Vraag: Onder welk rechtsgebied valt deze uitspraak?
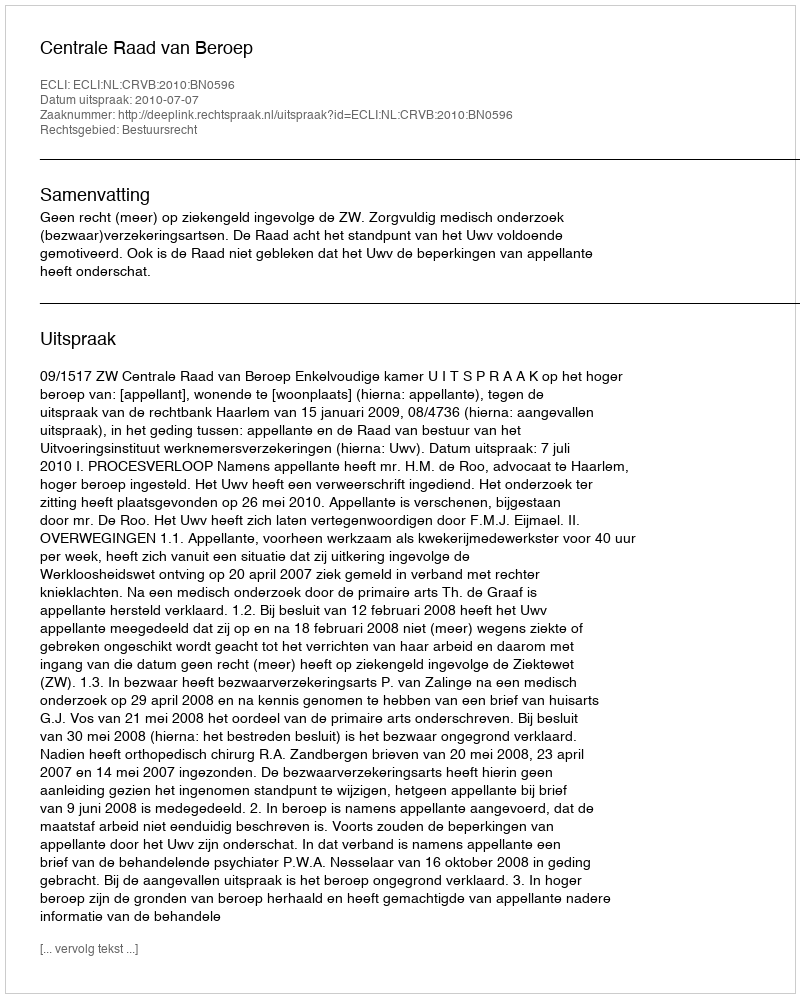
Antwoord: Bestuursrecht